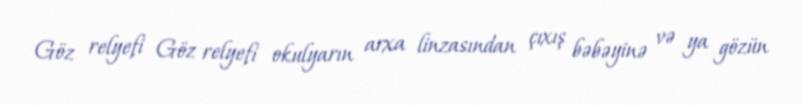
Göz relyefi Göz relyefi okulyarın arxa linzasından çıxış bəbəyinə və ya gözün